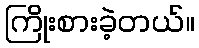
ကြိုးစားခဲ့တယ်။